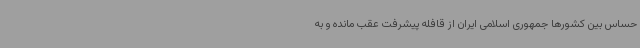
حساس بین کشورها جمهوری اسلامی ایران از قافله پیشرفت عقب مانده و به